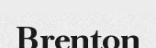
Brenton